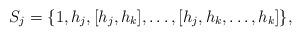
LaTeX: \begin{align*}S_{j}=\{1,h_j, [h_j,h_k],\ldots, [h_j,h_k,\ldots,h_k]\}, \end{align*}